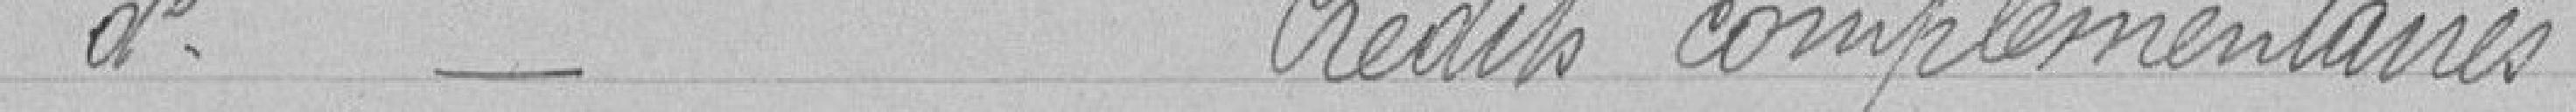
d° _ Crédits complémentaires.